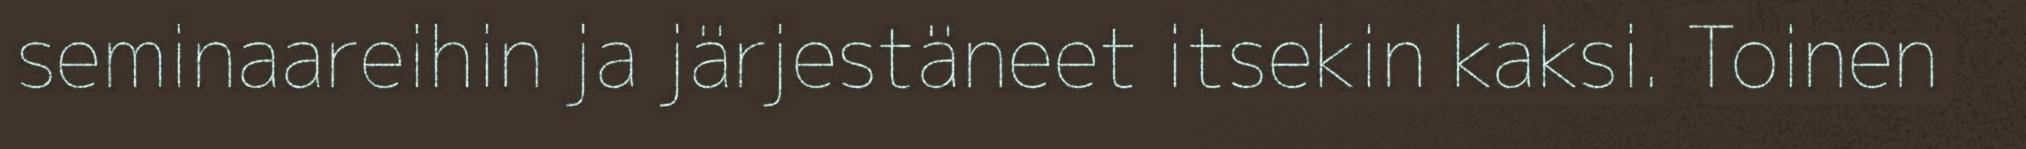
seminaareihin ja järjestäneet itsekin kaksi. Toinen